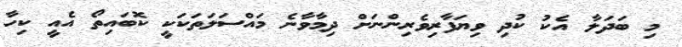
މި ބަދަލާ އެކު ކުދި ވިޔަފާރިވެރިންނަށް ދިމާވާނެ މައްސަލަތަކަކީ ކޮބައިތޯ އެއީ ކިހާ